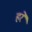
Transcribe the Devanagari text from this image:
हरें